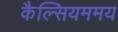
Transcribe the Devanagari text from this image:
कैल्सियममय